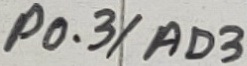
Text: P0.3/AD3